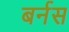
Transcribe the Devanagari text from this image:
बर्नस